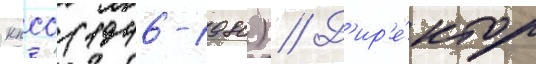
кпсс (1946-1980) // Д'ир'е́ктор